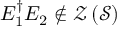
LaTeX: E _ { 1 } ^ { \dagger } E _ { 2 } \notin { \mathcal { Z } } \left( { \mathcal { S } } \right)